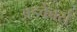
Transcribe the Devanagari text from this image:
अडवेंचर्स